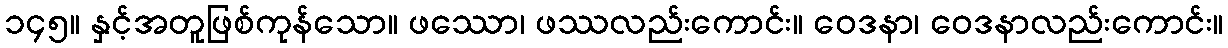
၁၄၅။ နှင့်အတူဖြစ်ကုန်သော။ ဖဿော၊ ဖဿလည်းကောင်း။ ဝေဒနာ၊ ဝေဒနာလည်းကောင်း။